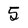
Character: 5